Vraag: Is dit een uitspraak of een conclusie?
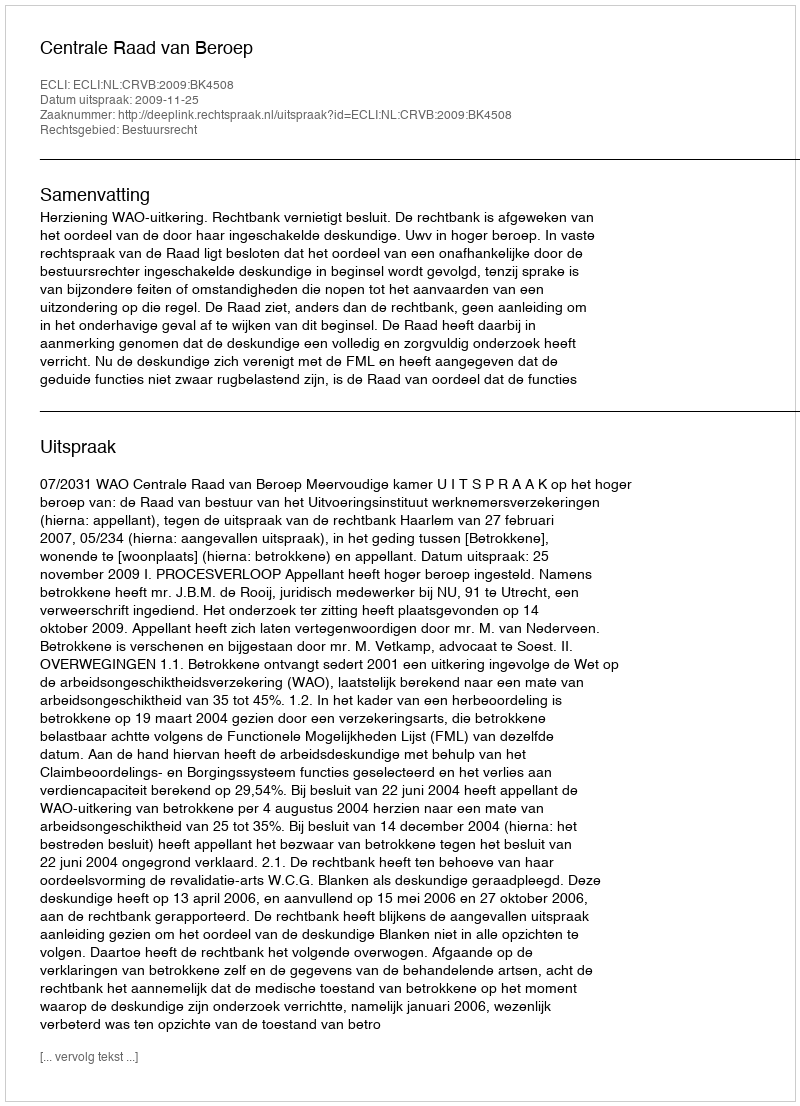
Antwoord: Uitspraak